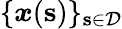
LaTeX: \{ \boldsymbol{x}(\mathbf{s})\} _{\mathbf{s}\in\mathcal{D}}